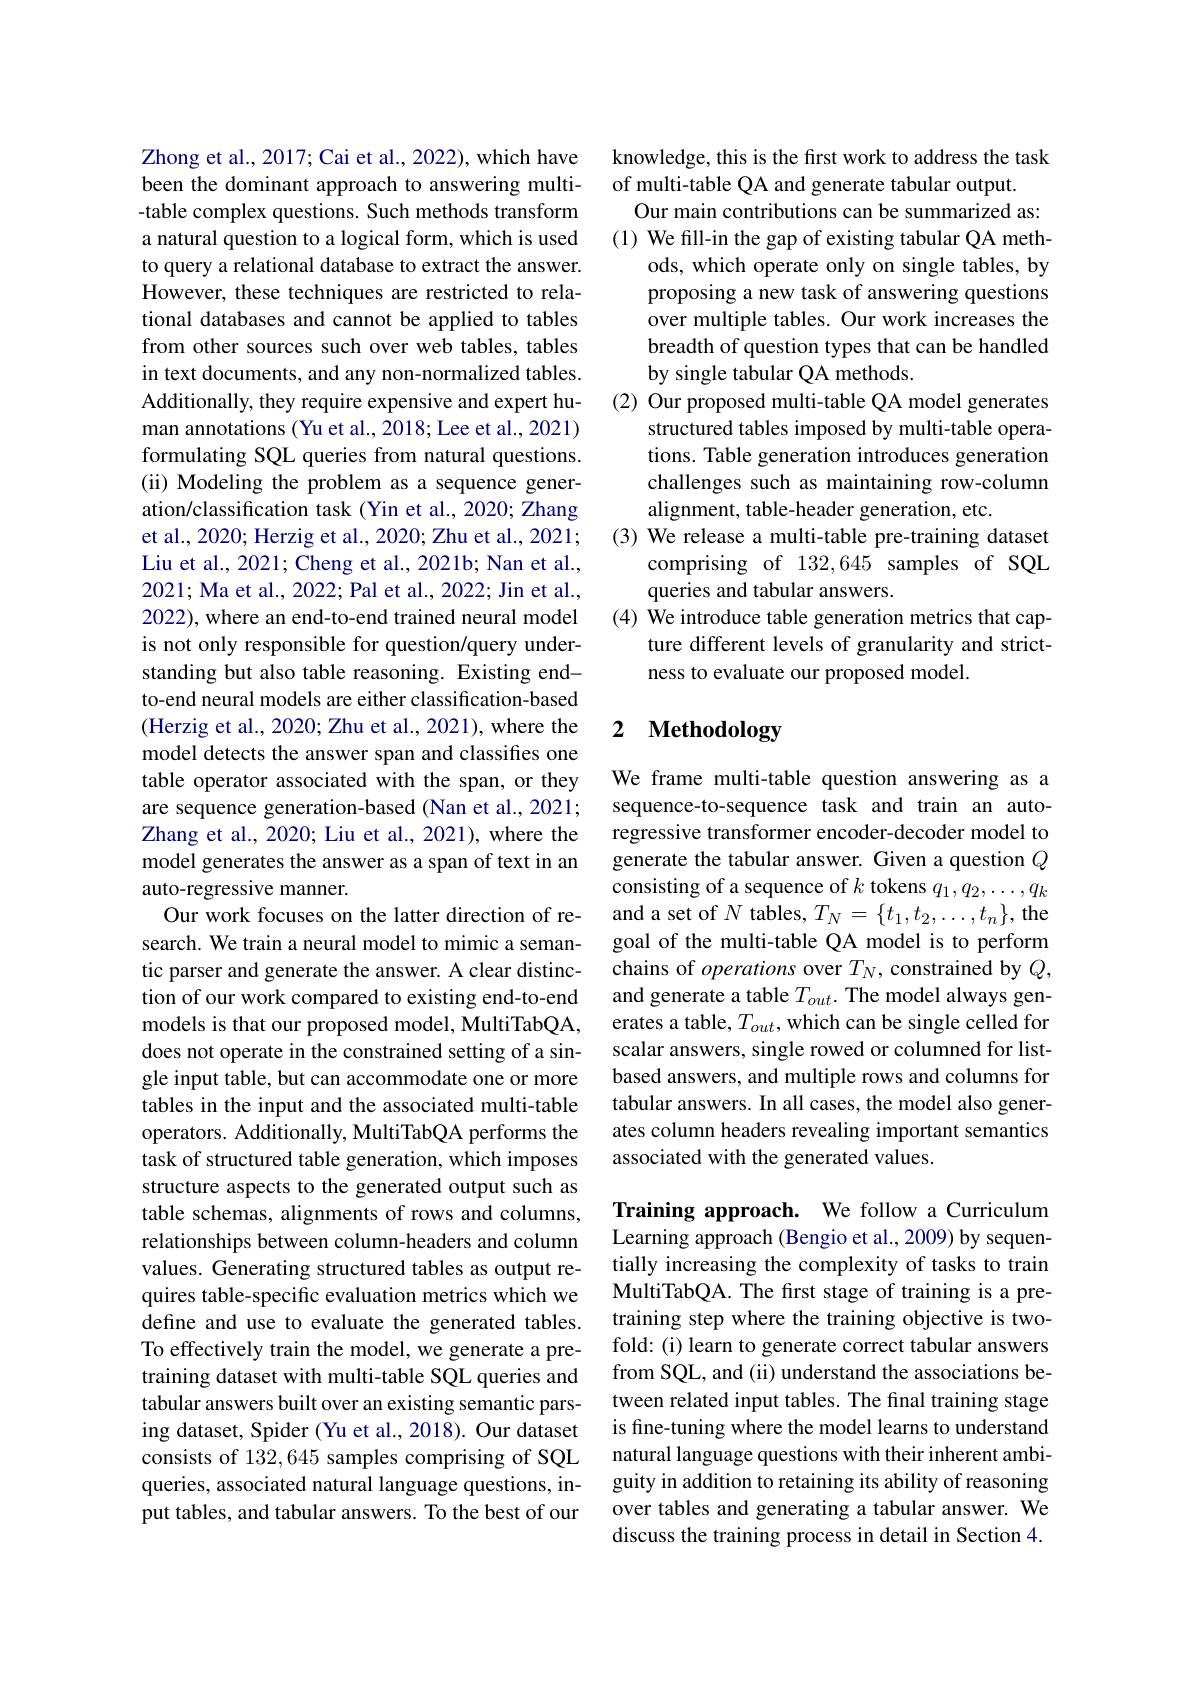
Zhong et al., 2017; Cai et al., 2022), which have been the dominant approach to answering multi- -table complex questions. Such methods transform a natural question to a logical form, which is used to query a relational database to extract the answer. However, these techniques are restricted to relational databases and cannot be applied to tables from other sources such over web tables, tables in text documents, and any non-normalized tables. Additionally, they require expensive and expert human annotations (Yu et al., 2018; Lee et al., 2021) formulating SQL queries from natural questions. (ii) Modeling the problem as a sequence generation/classification task (Yin et al., 2020; Zhang et al., 2020; Herzig et al., 2020; Zhu et al., 2021; Liu et al., 2021; Cheng et al., 2021b; Nan et al., 2021; Ma et al., 2022; Pal et al., 2022; Jin et al., 2022), where an end-to-end trained neural model is not only responsible for question/query understanding but also table reasoning. Existing endto-end neural models are either classification-based (Herzig et al., 2020; Zhu et al., 2021), where the model detects the answer span and classifies one table operator associated with the span, or they are sequence generation-based (Nan et al., 2021; Zhang et al., 2020; Liu et al., 2021), where the model generates the answer as a span of text in an auto-regressive manner.
Our work focuses on the latter direction of research. We train a neural model to mimic a semantic parser and generate the answer. A clear distinction of our work compared to existing end-to-end models is that our proposed model, MultiTabQA, does not operate in the constrained setting of a single input table, but can accommodate one or more tables in the input and the associated multi-table operators. Additionally, MultiTabQA performs the task of structured table generation, which imposes structure aspects to the generated output such as table schemas, alignments of rows and columns, relationships between column-headers and column values. Generating structured tables as output requires table-specific evaluation metrics which we define and use to evaluate the generated tables. To effectively train the model, we generate a pretraining dataset with multi-table SQL queries and tabular answers built over an existing semantic parsing dataset, Spider (Yu et al., 2018). Our dataset consists of 132,645 samples comprising of SQL queries, associated natural language questions, input tables, and tabular answers. To the best of our

knowledge, this is the first work to address the task
of multi-table QA and generate tabular output.
Our main contributions can be summarized as: (1) We fill-in the gap of existing tabular QA meth-
ods, which operate only on single tables, by proposing a new task of answering questions over multiple tables. Our work increases the breadth of question types that can be handled by single tabular QA methods.
(2) Our proposed multi-table QA model generates
structured tables imposed by multi-table operations. Table generation introduces generation challenges such as maintaining row-column alignment, table-header generation, etc.
(3) We release a multi-table pre-training dataset
comprising of 132,645 samples of SQL
queries and tabular answers.
(4) We introduce table generation metrics that cap-
ture different levels of granularity and strict-
ness to evaluate our proposed model.

# 2 Methodology

We frame multi-table question answering as a sequence-to-sequence task and train an autoregressive transformer encoder-decoder model to generate the tabular answer. Given a question $Q$ consisting of a sequence of $k$ tokens $q_1,q_2,\ldots,q_k$ and a set of $N$ tables, $T_N=\{t_1,t_2,\ldots,t_n\}$, the goal of the multi-table QA model is to perform chains of operations over $T_N$, constrained by $Q$, and generate a table $T_{out}.$ The model always generates a table, $T_out$, which can be single celled for scalar answers, single rowed or columned for listbased answers, and multiple rows and columns for tabular answers. In all cases, the model also generates column headers revealing important semantics associated with the generated values.

Training approach. We follow a Curriculum Learning approach (Bengio et al., 2009) by sequentially increasing the complexity of tasks to train MultiTabQA. The first stage of training is a pretraining step where the training objective is twofold: (i) learn to generate correct tabular answers from SQL, and (ii) understand the associations between related input tables. The final training stage is fine-tuning where the model learns to understand natural language questions with their inherent ambiguity in addition to retaining its ability of reasoning over tables and generating a tabular answer. We discuss the training process in detail in Section 4.